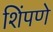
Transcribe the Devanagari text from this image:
शिंपणे